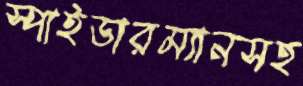
স্পাইডারম্যানসহ